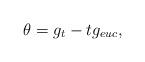
LaTeX: \begin{align*} \theta=g_{t}-tg_{euc}, \end{align*}